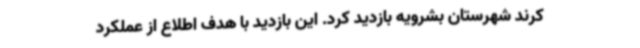
کرند شهرستان بشرویه بازدید کرد. این بازدید با هدف اطلاع از عملکرد